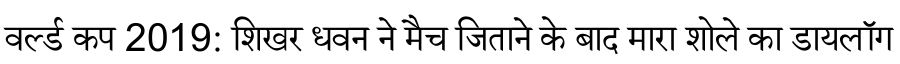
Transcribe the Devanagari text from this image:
वर्ल्ड कप 2019: शिखर धवन ने मैच जिताने के बाद मारा शोले का डायलॉग